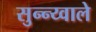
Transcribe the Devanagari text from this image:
सुन्न्य्वाले